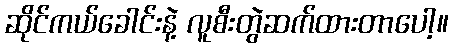
ဆိုင်ကယ်ခေါင်းနဲ့ လူစီးတွဲဆက်ထားတာပေါ့။